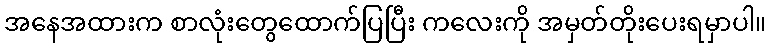
အနေအထားက စာလုံးတွေထောက်ပြပြီး ကလေးကို အမှတ်တိုးပေးရမှာပါ။